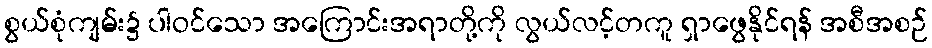
စွယ်စုံကျမ်း၌ ပါဝင်သော အကြောင်းအရာတို့ကို လွယ်လင့်တကူ ရှာဖွေနိုင်ရန် အစီအစဉ်